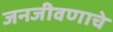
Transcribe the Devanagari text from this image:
जनजीवणाचे